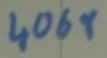
Text: 4069